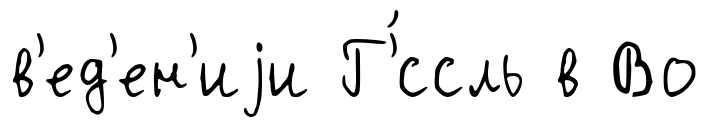
в'ед'ен'иjи Г'́ссль в Во